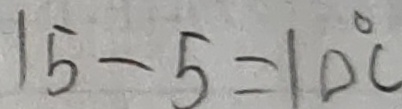
1 5 - 5 = 1 0 ^ { \circ } C